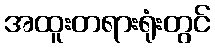
အထူးတရားရုံးတွင်